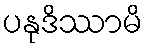
ပနုဒိဿာမိ